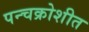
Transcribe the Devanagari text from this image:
पन्चक्रोशीत